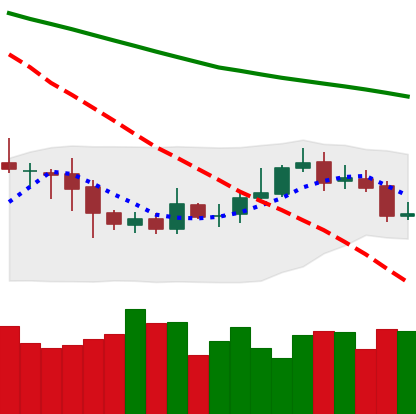
Ticker: ETC-USD
Chart end date: 2020-10-17
Forward return: 8.287%
Label: up_7plus